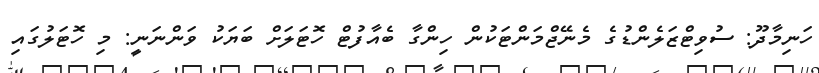
ހަނިމާދޫ: ސުވިޓްޒަލެންޑުގެ މެނޭޖްމަންޓަކުން ހިންގާ ބެއާފުޓް ހޮޓަލަށް ބަޔަކު ވަންނަނީ: މި ހޮޓަލުގައި